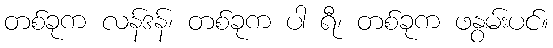
တစ်ခုက လန်ဒန်၊ တစ်ခုက ပါ ရီ၊ တစ်ခုက ဖနွမ်းပင်။